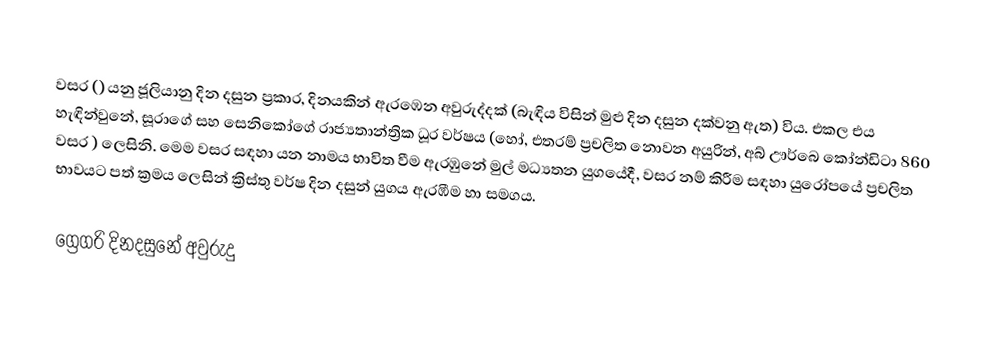

වසර   () යනු  ජූලියානු දින දසුන ප්‍රකාර,    දිනයකින් ඇරඹෙන  අවුරුද්දක්   (බැඳිය විසින් මුළු දින දසුන දක්වනු ඇත)  විය. එකල එය හැඳින්වුනේ, 	සූරාගේ	 සහ 	සෙනිකෝගේ	  රාජ්‍යතාන්ත්‍රික  ධූර වර්ෂය  (හෝ, එතරම් ප්‍රචලිත නොවන අයුරින්,  අබ් ඌර්බෙ කෝන්ඩිටා 	860	  වසර  ) ලෙසිනි. මෙම වසර සඳහා   යන නාමය භාවිත වීම ඇරඹුනේ මුල් මධ්‍යතන යුගයේදී, වසර නම් කිරීම සඳහා යුරෝපයේ ප්‍රචලිත භාවයට පත් ක්‍රමය ලෙසින් ක්‍රිස්තු වර්ෂ දින දසුන් යුගය ඇරඹීම හා සමගය.

ග්‍රෙගරි දිනදසුනේ අවුරුදු